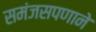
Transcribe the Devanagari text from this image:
समंजसपणाने